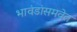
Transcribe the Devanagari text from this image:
भावंडांसमवेत